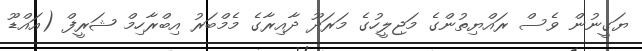
ޔަގީނުން ވެސް ރައްޔިތުންގެ މަޖިލީހުގެ މަރަދޫ ދާއިރާގެ މެމްބަރު އިބްރާހިމް ޝަރީފް (އައްޑޫ